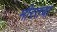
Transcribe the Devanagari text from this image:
मीरतचा